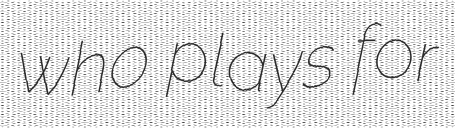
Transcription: who plays for